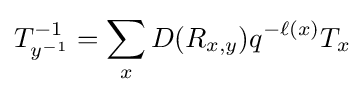
T_{y^{-1}}^{-1}=\sum _{x}D(R_{x,y})q^{-\ell (x)}T_{x}